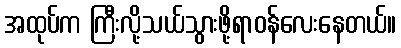
အထုပ်က ကြီးလို့သယ်သွားဖို့ရာဝန်လေးနေတယ်။